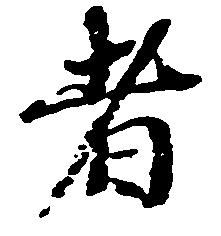
者